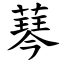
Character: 䔷